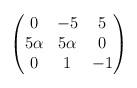
LaTeX: \begin{align*}\begin{pmatrix}0 & -5 & 5 \\5\alpha & 5\alpha & 0\\0 & 1 & -1\end{pmatrix}\end{align*}